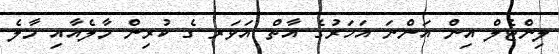
ލިންޓެލް އިން އަންނަ އަހަރުގެ އާތް އަވަރ ގެ ކުރިން މާލެއާއި މާލެ